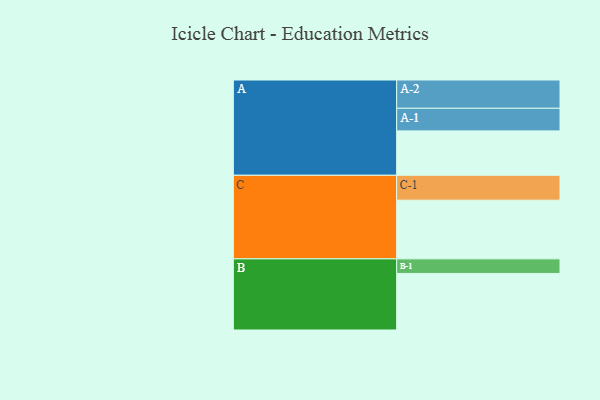
{"axis": {"x": "Segment", "y": "Value"}, "legend": ["", "A", "B", "C"], "data": [{"x": "A", "y": 432, "type": ""}, {"x": "B", "y": 550, "type": ""}, {"x": "C", "y": 571, "type": ""}, {"x": "A-1", "y": 220, "type": "A"}, {"x": "A-2", "y": 275, "type": "A"}, {"x": "B-1", "y": 142, "type": "B"}, {"x": "C-1", "y": 242, "type": "C"}]}